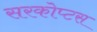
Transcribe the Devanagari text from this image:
सरकोप्टस